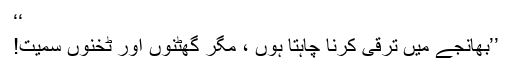
‘‘
’’بھانجے میں ترقی کرنا چاہتا ہوں ، مگر گھٹنوں اور ٹخنوں سمیت!